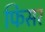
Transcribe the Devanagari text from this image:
फिसर